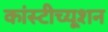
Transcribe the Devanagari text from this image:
कांस्टीच्यूशन